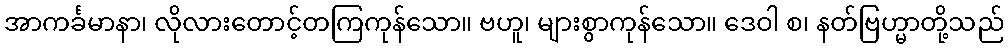
အာကင်္ခမာနာ၊ လိုလားတောင့်တကြကုန်သော။ ဗဟူ၊ များစွာကုန်သော။ ဒေဝါ စ၊ နတ်ဗြဟ္မာတို့သည်